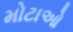
મોટાઓ